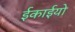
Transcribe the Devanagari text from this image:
ईकाईयो